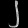
Digit: ၂